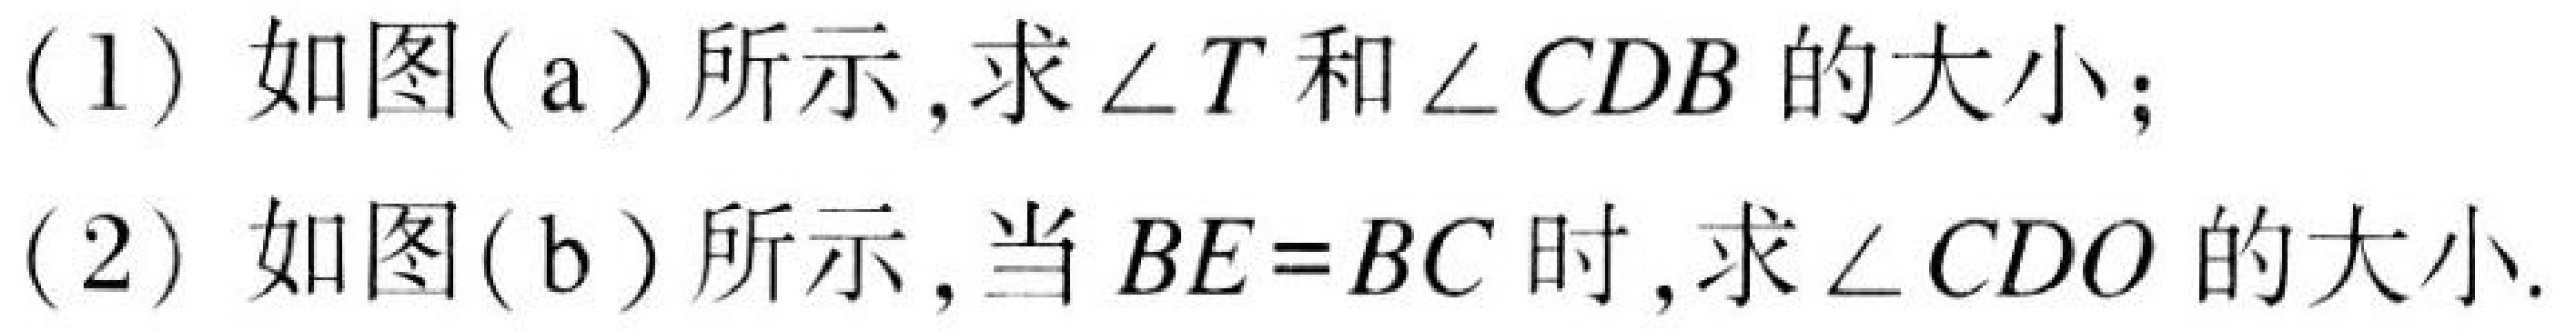
(1) 如图(a)所示, 求\(\angle T\)和\(\angle CDB\)的大小;
(2) 如图(b)所示, 当\(BE = BC\)时, 求\(\angle CDO\)的大小.